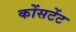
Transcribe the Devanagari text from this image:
कोंसटेंट